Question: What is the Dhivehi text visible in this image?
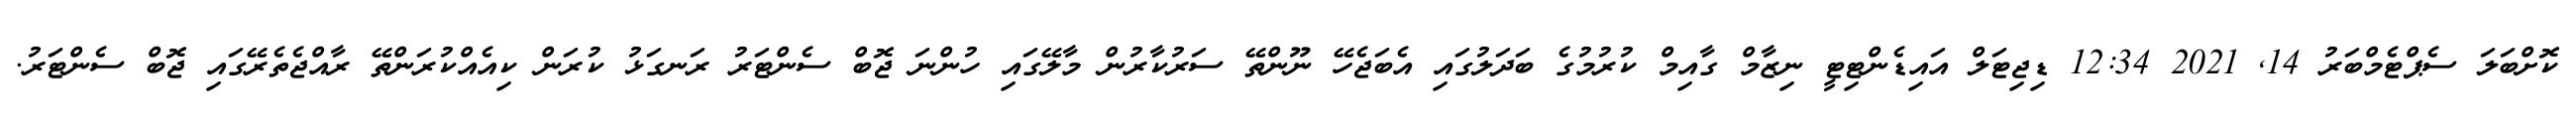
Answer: ކޮށްބަލަ ސެޕްޓެމްބަރު 14, 2021 12:34 ޑިޖިޓަލް އައިޑެންޓިޓީ ނިޒާމް ގާއިމް ކުރުމުގެ ބަދަލުގައި އެބަޖެހޭ ނޫންތޭ ސަރުކާރުން މާލޭގައި ހުންނަ ޖޮބް ސެންޓަރު ރަނގަޅު ކުރަން ކިއެއްކުރަންތޭ ރާއްޖެތެރޭގައި ޖޮބް ސެންޓަރު.